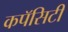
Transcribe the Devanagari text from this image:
कपॅसिटी